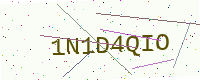
Text: 1N1D4QIO